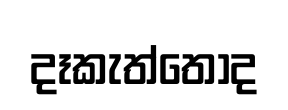
දෑකැත්තෝද